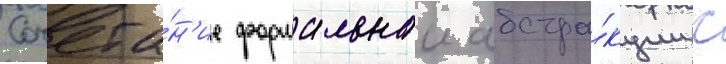
Сочета́н'ие формальнои абстра́кции с